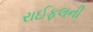
રાઈફલની